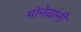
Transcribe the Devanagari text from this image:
मोनेयांनी